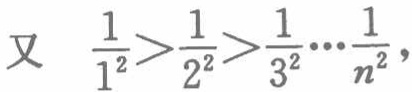
又 \(\frac{1}{1^{2}}>\frac{1}{2^{2}}>\frac{1}{3^{2}}\cdots\frac{1}{n^{2}}\)